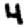
Digit: 4